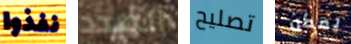
نفذوا الصدد تصليح يمكن